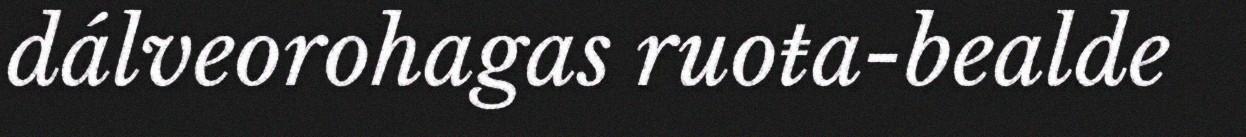
dálveorohagas ruoŧa-bealde